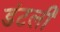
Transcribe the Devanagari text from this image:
डंटली